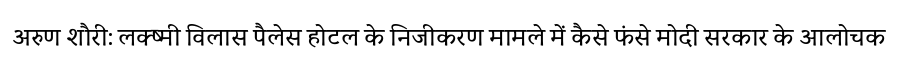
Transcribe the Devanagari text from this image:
अरुण शौरी: लक्ष्मी विलास पैलेस होटल के निजीकरण मामले में कैसे फंसे मोदी सरकार के आलोचक